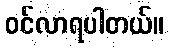
ဝင်လာရပါတယ်။